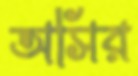
অসির